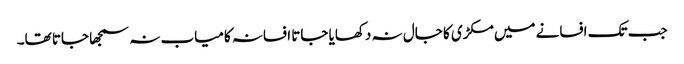
جب تک افسانے میں مکڑی کا جال نہ دکھایا جاتا افسانہ کامیاب نہ سمجھا جاتا تھا۔